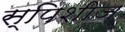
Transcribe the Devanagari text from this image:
स्पिशीज़